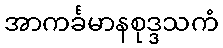
အာကင်္ခမာနစုဒ္ဒသကံ